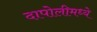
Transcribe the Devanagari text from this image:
दापोलीमध्ये